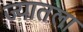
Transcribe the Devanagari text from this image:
ज्यातला